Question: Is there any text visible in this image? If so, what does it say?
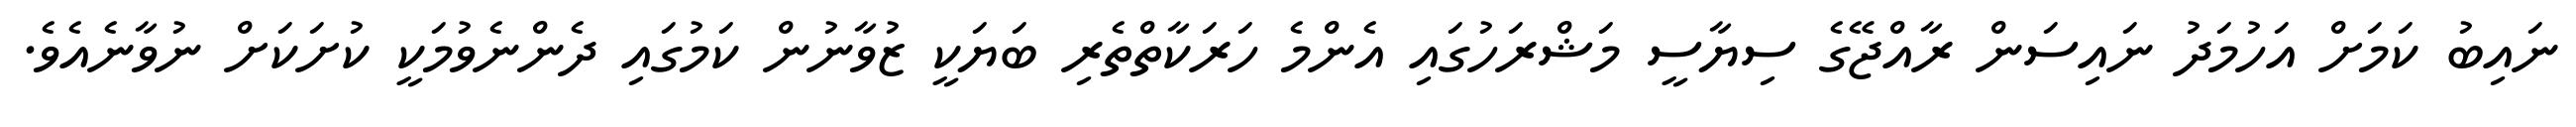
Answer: ނައިބު ކަމަށް އަހުމަދު ނައިސަން ރާއްޖޭގެ ސިޔާސީ މަޝްރަހުގައި އެންމެ ހަރަކާތްތެރި ބަޔަކީ ޒުވާނުން ކަމުގައި ދެންނެވުމަކީ ކުށަކަށް ނުވާނެއެވެ.